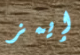
إيمز